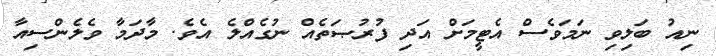
ނިއު ބަލިވި ނަމަވެސް އެޓީމަށް އަދި ފުުރުޞަތެއް ނުގެއްލެ އެވެ. މާދަމާ ވެލެންސިއާ